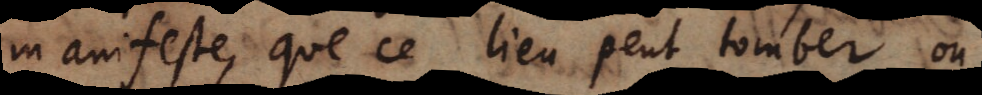
manifeste, que ce lieu peut tomber ou